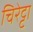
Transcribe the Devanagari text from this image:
चिरेट्टा